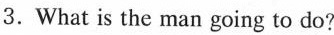
3.What is the man going to do?